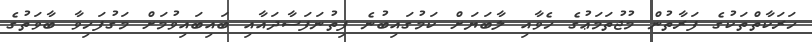
ހަރަކާތްތަކުގެ ފަރާތުން މުޖުތަމަޢުގެ ހެވާއި ލާބަޔަށް ކަމުގައިބުނެ ފިތުނަފަސާދައާއި ބައިބައިވުމަށް މަގުފަހިވާ ބާވަތުގެ